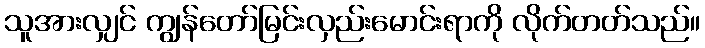
သူအားလျှင် ကျွန်တော်မြင်းလှည်းမောင်းရာကို လိုက်တတ်သည်။